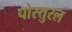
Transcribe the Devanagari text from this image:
पोस्तुरल